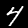
Digit: 4